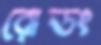
রোডং